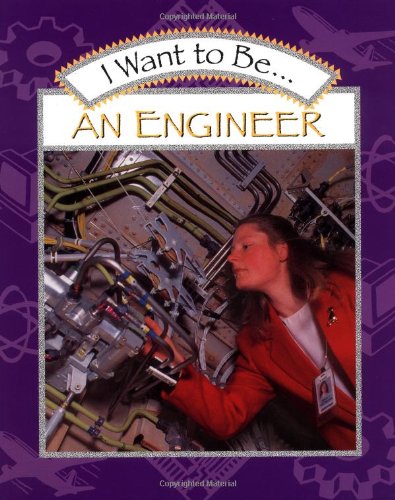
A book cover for I Want to Be an Engineer; Stephanie Maze; Children's Books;